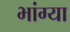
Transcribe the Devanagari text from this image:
भांग्या